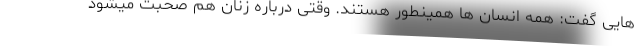
هایی گفت: همه انسان ها همینطور هستند. وقتی درباره زنان هم صحبت میشود